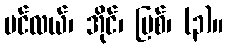
ပင်လယ်၊ အိုင်၊ မြစ်၊ (၃)။